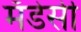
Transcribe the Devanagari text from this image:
मँडेसी